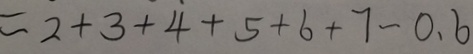
= 2 + 3 + 4 + 5 + 6 + 7 - 0 . 6